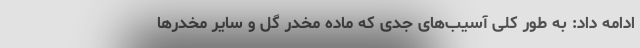
ادامه داد: به طور کلی آسیب‌های جدی که ماده مخدر گل و سایر مخدر‌ها